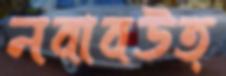
নবাবউত্